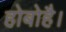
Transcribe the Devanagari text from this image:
होबोहै।